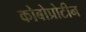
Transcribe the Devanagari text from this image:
कोबोप्रोटीन